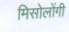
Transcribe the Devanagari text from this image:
मिसोलोंगी